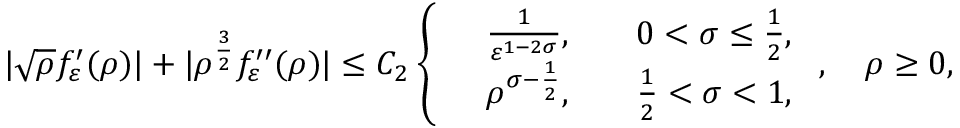
| \sqrt { \rho } f _ { \varepsilon } ^ { \prime } ( \rho ) | + | \rho ^ { \frac { 3 } { 2 } } f _ { \varepsilon } ^ { \prime \prime } ( \rho ) | \leq C _ { 2 } \left\{ \begin{array} { r l r l } & { \frac { 1 } { \varepsilon ^ { 1 - 2 \sigma } } , } & & { 0 < \sigma \leq \frac { 1 } { 2 } , } \\ & { { \rho ^ { \sigma - \frac { 1 } { 2 } } } , } & & { \frac { 1 } { 2 } < \sigma < 1 , } \end{array} \right. , \quad \rho \ge 0 ,